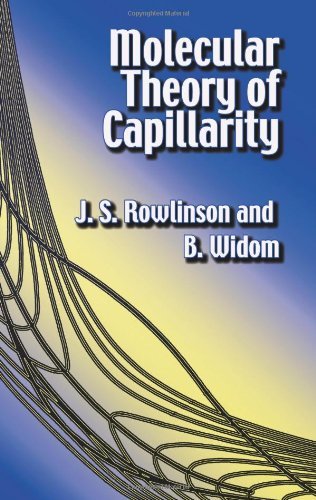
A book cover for Molecular Theory of Capillarity (Dover Books on Chemistry) [Paperback] [2003] (Author) J. S. Rowlinson, B. Widom, Chemistry; Science & Math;